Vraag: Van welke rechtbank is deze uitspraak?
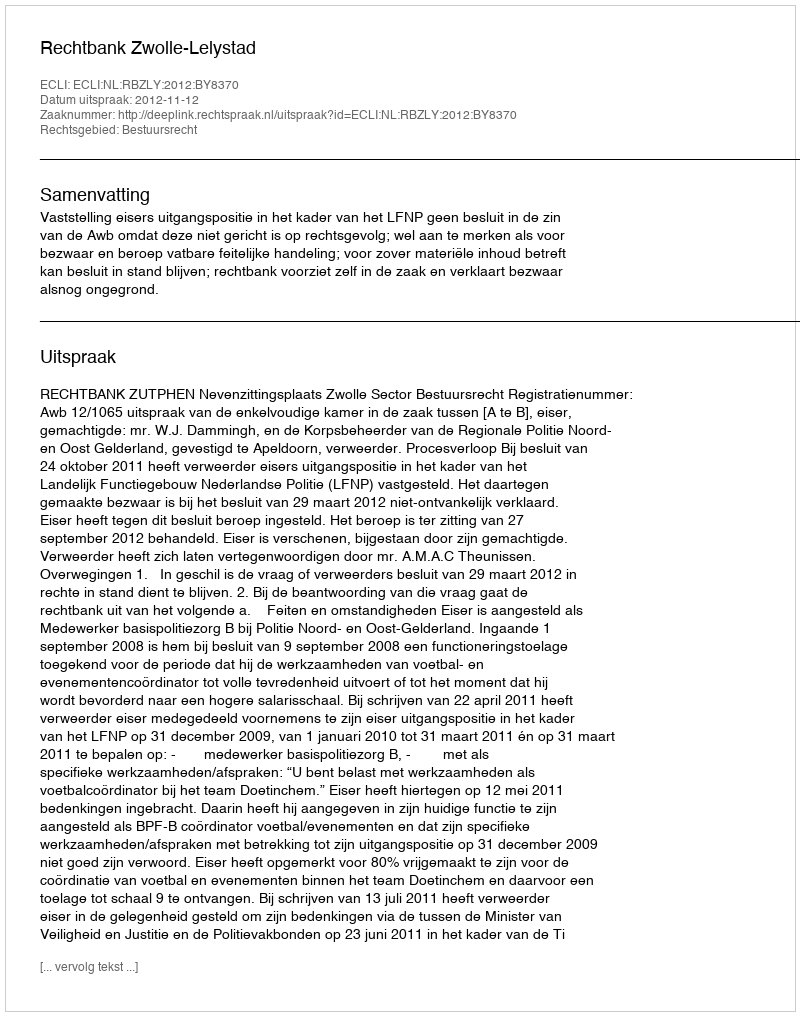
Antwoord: Rechtbank Zwolle-Lelystad